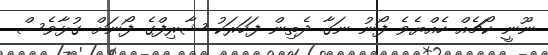
ނޫނީ ކޯޗެއް ހެއްޔެވެ ފޯނު ނަގާ ދެތިން ފަހަރަކު ޝާރިފްގެ ފޯނަށް ގުޅާވެސް